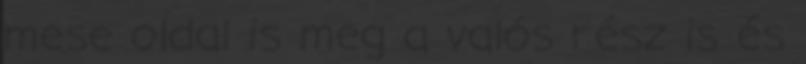
mese oldal is meg a valós rész is és